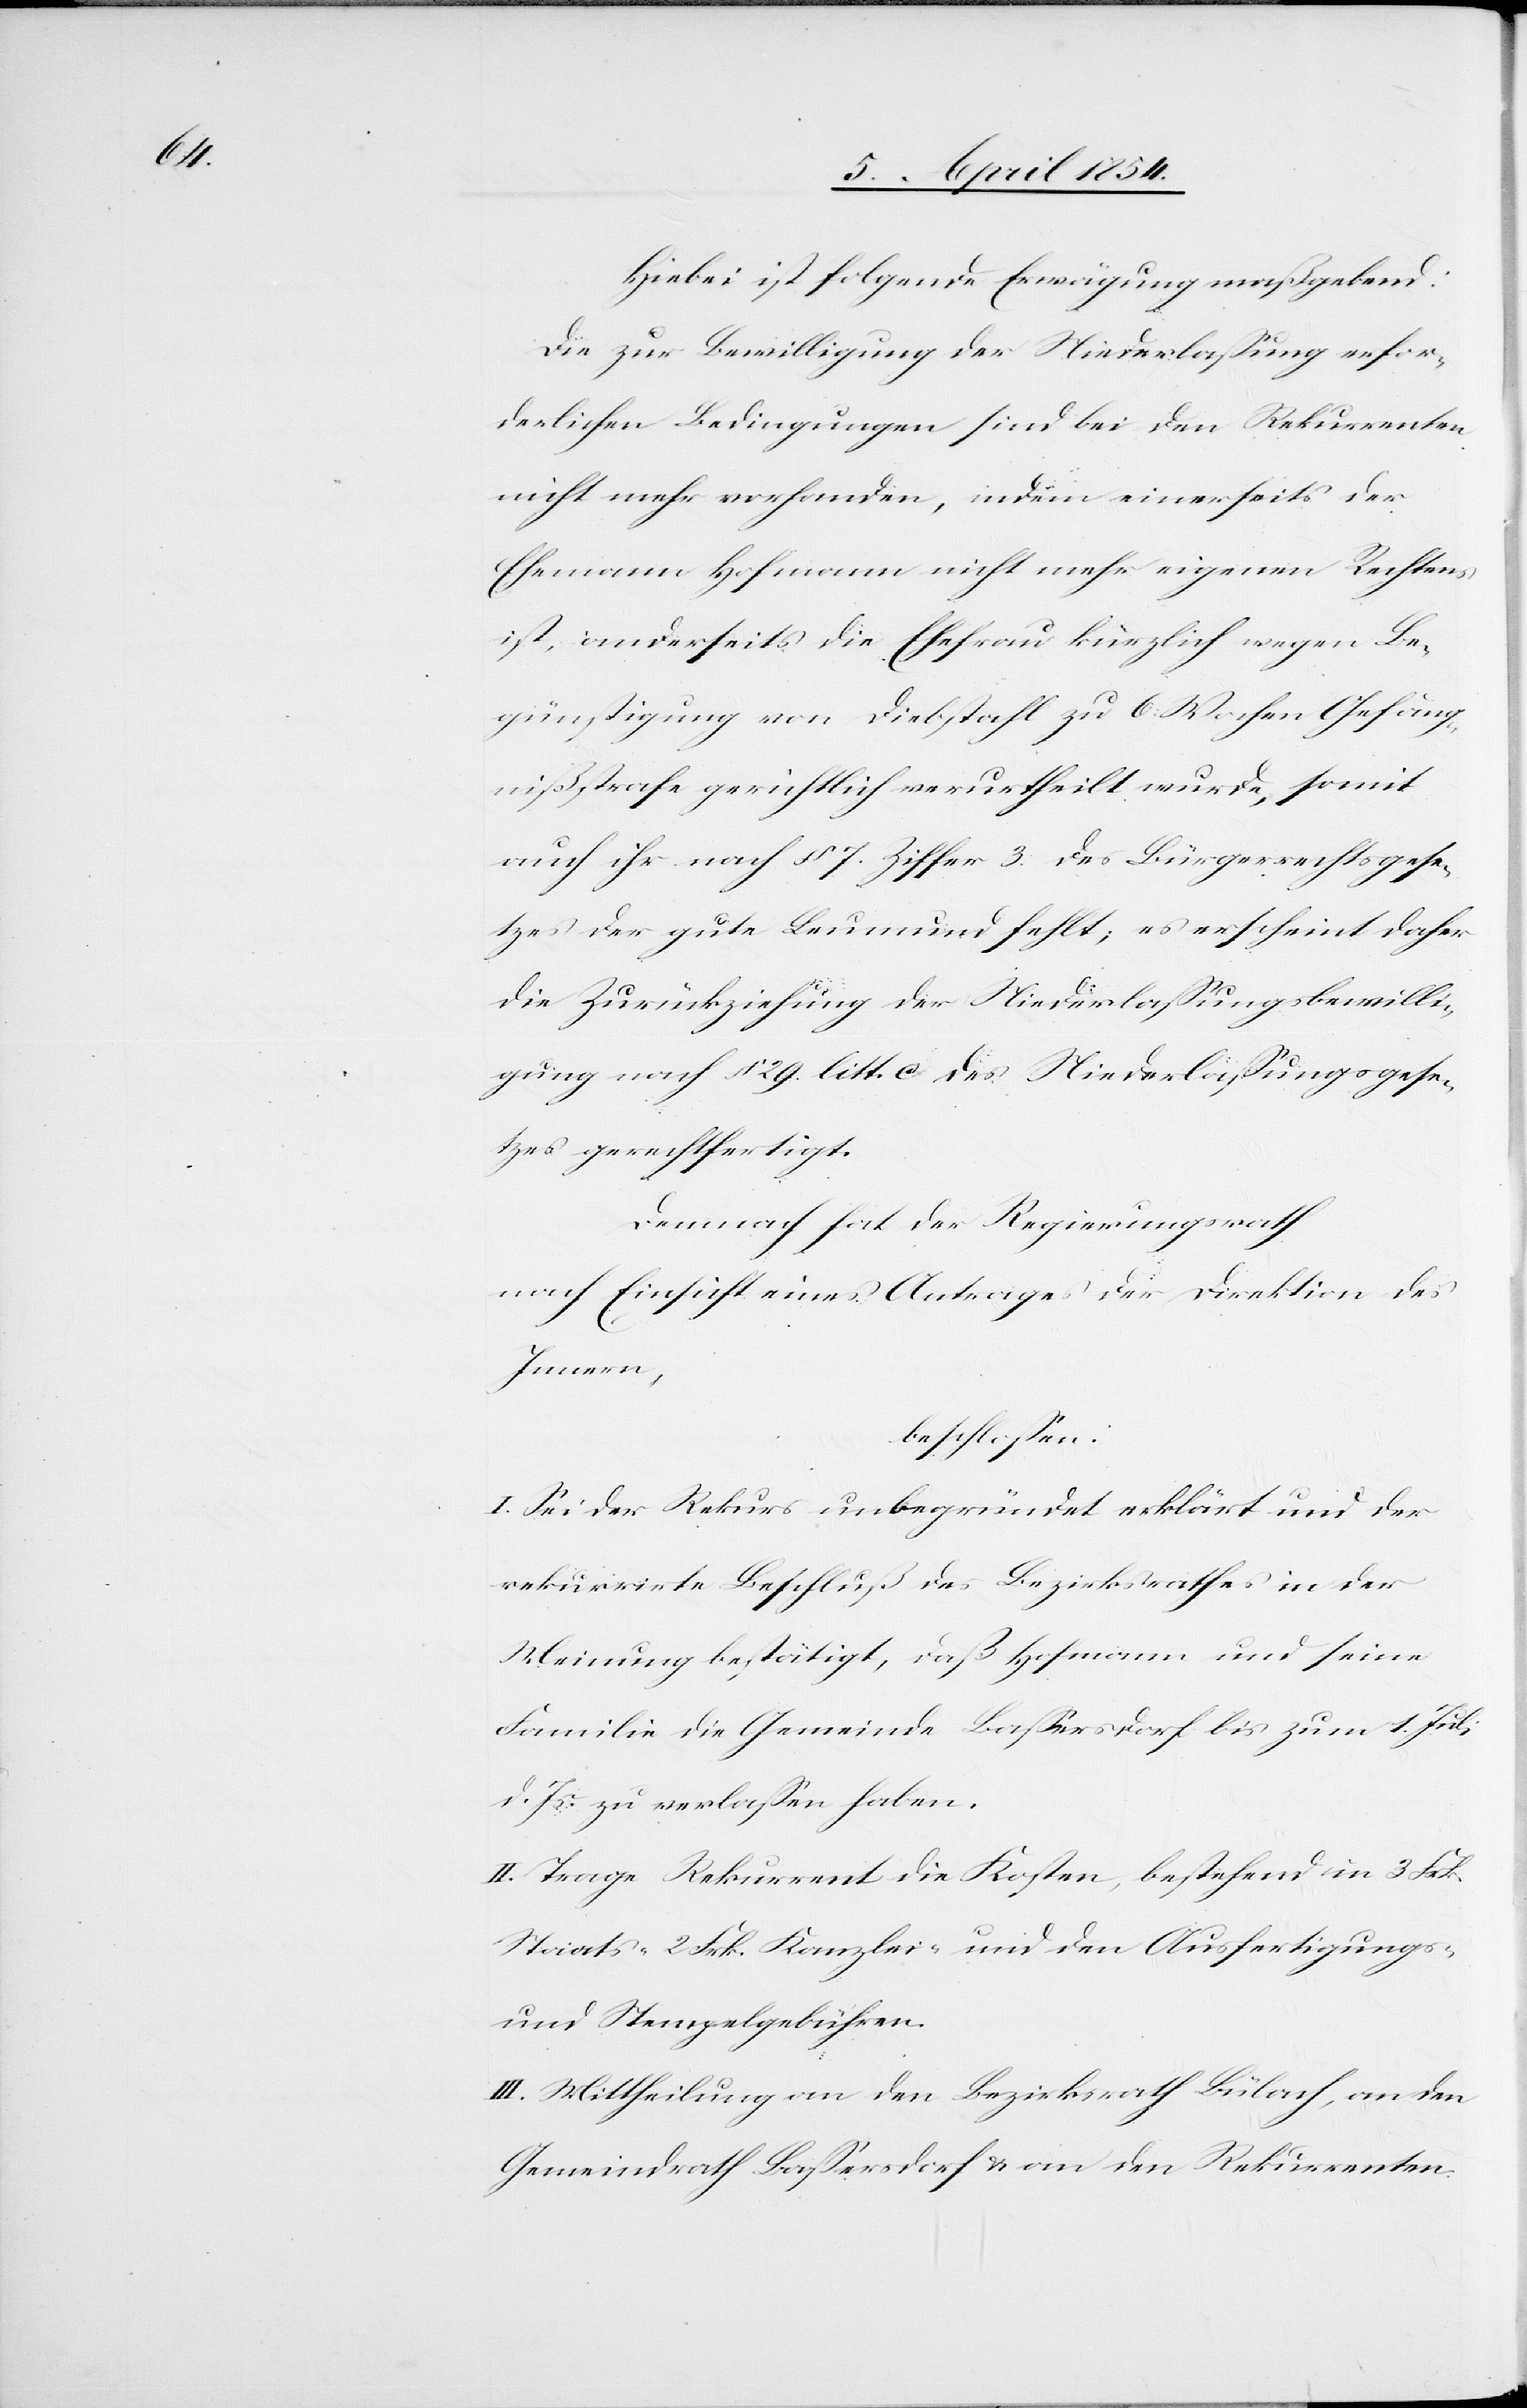
Hiebei ist folgende Erwägung maßgebend:
Die zur Bewilligung der Niederlaßung erfor¬
derlichen Bedingungen sind bei den Rekurrenten
nicht mehr vorhanden, indem einerseits der
Ehemann Hofmann nicht mehr eigenen Rechtens
ist, anderseits die Ehefrau kürzlich wegen Be¬
günstigung von Diebstahl zu 6 Wochen Gefäng¬
nißstrafe gerichtlich verurtheilt wurde, somit
auch ihr nach § 7. Ziffer 3. des Bürgerrechtsgese¬
tzes der gute Leumund fehlt; es erscheint daher
die Zurückziehung der Niederlaßungsbewilli¬
gung nach § 29. litt. C des Niederlaßungsgese¬
tzes gerechtfertigt.
Demnach hat der Regierungsrath
nach Einsicht eines Antrages der Direktion des
Innern,
beschloßen:
I. Sei der Rekurs unbegründet erklärt und der
rekurrirte Beschluß des Bezirksrathes in der
Meinung bestätigt, daß Hofmann und seine
Familie die Gemeinde Baßersdorf bis zum 1. Juli
d. Js. zu verlaßen haben.
II. Trage Rekurrent die Kosten, bestehend in 3 Frk.
Staats-[,] 2 Frk. Kanzlei- und den Ausfertigungs-
und Stempelgebühren.
III. Mittheilung an den Bezirksrath Bülach, an den
Gemeindrath Baßersdorf & an den Rekurrenten.